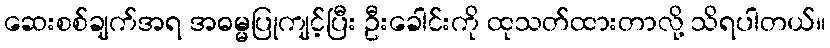
ဆေးစစ်ချက်အရ အဓမ္မပြုကျင့်ပြီး ဦးခေါင်းကို ထုသတ်ထားတာလို့ သိရပါတယ်။